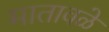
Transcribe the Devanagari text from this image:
मातावळे